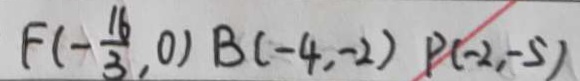
F ( - \frac { 1 6 } { 3 } , 0 ) B ( - 4 , - 2 ) P ( - 2 , - 5 )